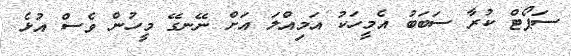
ސަޕޯޓް ކުރާ ސަބަބު އެމީހަކު އަމިއްލަ އަށް ނޭނގޭ މީހުން ވެސް އުޅެ